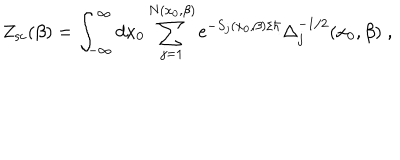
Z _ { \mathrm { s c } } ( \beta ) = \int _ { - \infty } ^ { \infty } d x _ { 0 } \sum _ { j = 1 } ^ { N ( x _ { 0 } , \beta ) } \mathrm { e } ^ { - S _ { j } ( x _ { 0 } , \beta ) / \hbar } \Delta _ { j } ^ { - 1 / 2 } ( x _ { 0 } , \beta ) \; ,